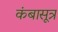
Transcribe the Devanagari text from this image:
कंबासूत्र